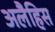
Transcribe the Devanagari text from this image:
अलैहिस